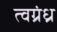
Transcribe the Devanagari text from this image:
त्वग्रंध्र